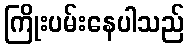
ကြိုးပမ်းနေပါသည်